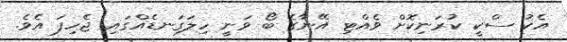
އެކު ސްކީ ކުރަނިކޮށް ވެއްޓި އޭނާގެ ބޯ ވަނީ ހިލަގަނޑެއްގައި ޖެހިފަ އެވެ.